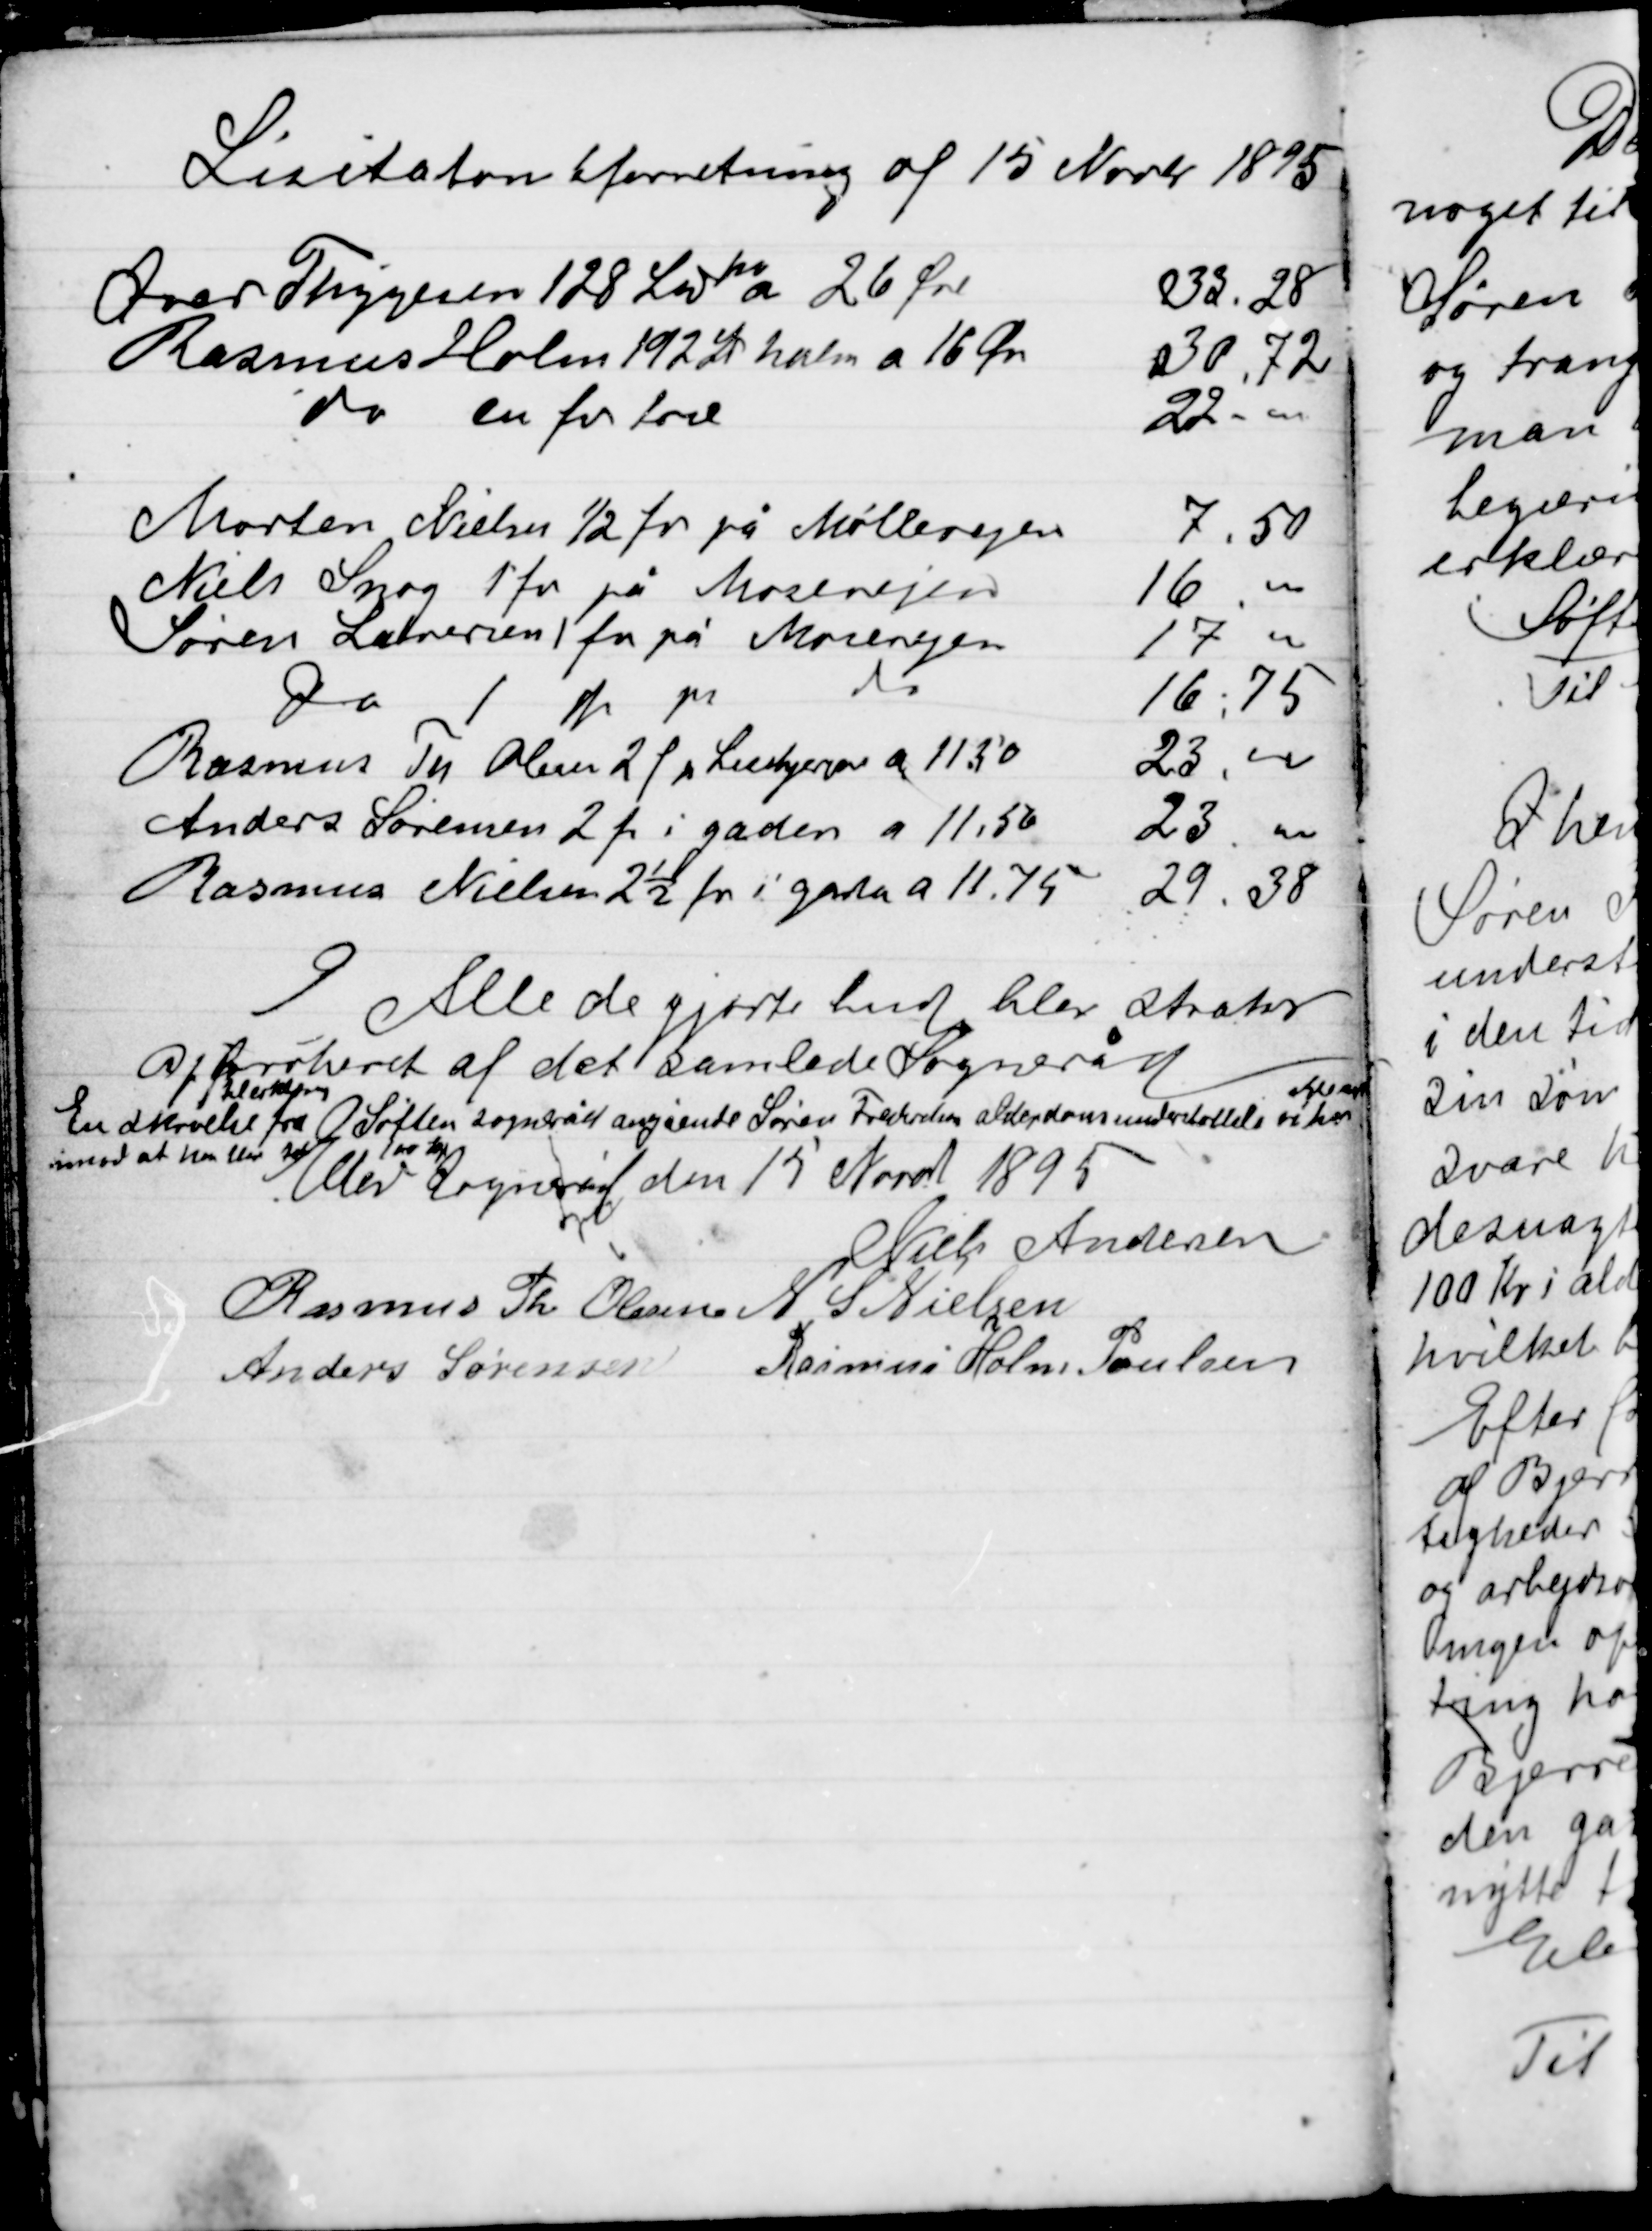
Transskription:
Lisitationsforretning af 15 Novbr 1895

Alle de gjorte bud blev straks
approberet af det samlede Sogneråd

En skrivelse fra Søften sogneråd angående Søren Frederiksens alderdomsunderstøttelse vi har

imod at han blev  100 kr
Elev Sogneråd den 15 Novbr 1895

Niels Andersen
Rasmus Th Olesen
N S Nielsen
Anders Sørensen
Rasmus Holm Poulsen